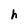
Character: h